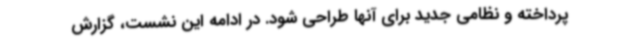
پرداخته و نظامی جدید برای آنها طراحی شود. در ادامه این نشست، گزارش